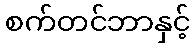
စက်တင်ဘာနှင့်